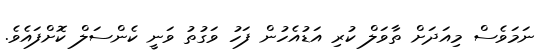
ނަމަވެސް މިއަދަށް ތާވަލް ކުރި އަޑުއެހުން ފަހު ވަގުތު ވަނީ ކެންސަލް ކޮށްފައެވެ.